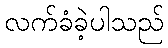
လက်ခံခဲ့ပါသည်